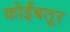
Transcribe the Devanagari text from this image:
कोर्इंबतूर